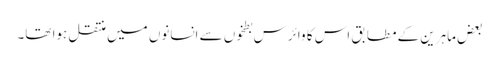
بعض ماہرین کے مطابق اس کا وائرس بطخوں سے انسانوں میں منتقل ہوا تھا۔